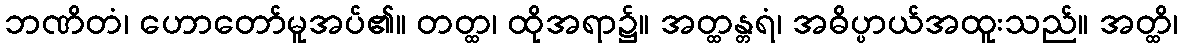
ဘဏိတံ၊ ဟောတော်မူအပ်၏။ တတ္ထ၊ ထိုအရာ၌။ အတ္ထန္တရံ၊ အဓိပ္ပာယ်အထူးသည်။ အတ္ထိ၊